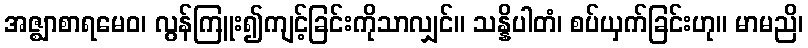
အဇ္ဈာစာရမေဝ၊ လွန်ကြူး၍ကျင့်ခြင်းကိုသာလျှင်။ သန္နိပါတံ၊ စပ်ယှက်ခြင်းဟု။ မာမညိ၊